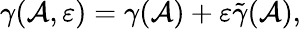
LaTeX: \gamma(\mathcal{A},\varepsilon)=\gamma(\mathcal{A})+\varepsilon\tilde{{\gamma}}(\mathcal{A}),